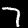
Label: 7